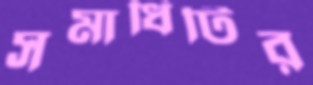
সমাধিটির